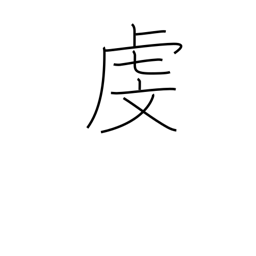
Meaning: respect